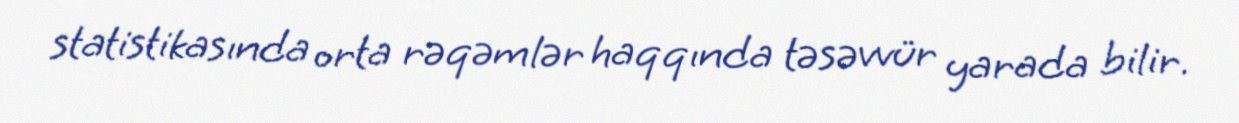
statistikasında orta rəqəmlər haqqında təsəvvür yarada bilir.